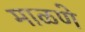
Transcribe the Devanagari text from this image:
माळणे